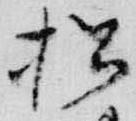
松